Annual vaccination report of Bihar and Orissa - 1911-1928
Year: 1911
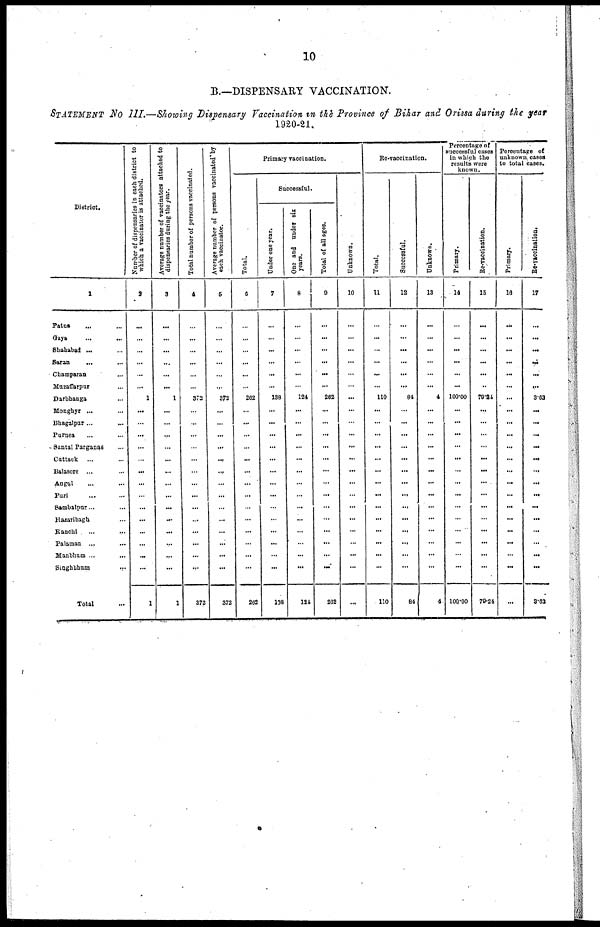
10
B.—DISPENSARY VACCINATION.
STATEMENT No III.—Showing Dispensary Vaccination in the Province of Bihar and Orissa during the year
1920-21.
District.
1
Patna ... ...
Gaya ... ...
Shahabad ... ...
Saran ... ...
Champaran
...
Muzaffarpur ...
Darbhanga ...
Monghyr ...
Bhagalpur ...
Purnea ... ...
Santal Parganas ...
Cuttack ... ...
Balasore ... ...
Angul ... ...
Puri ... ...
Sambalpur... ...
Hazaribagh ...
Ranchi ... ...
Palamau ... ...
Manbhum ...
...
Singhbhum ...
Total ...
Number of dispensaries in each district to
which a vaccinator is attached.
2
...
...
...
...
...
...
1
...
...
...
...
...
...
...
...
...
...
...
...
...
...
1
Average number of vaccinators attached to
dispensaries during the year.
3
...
...
...
...
...
...
1
...
...
...
...
...
...
...
...
...
...
...
...
...
...
1
Total number of persons vaccinated.
4
...
...
...
...
...
...
372
...
...
...
...
...
...
...
...
...
...
...
...
...
...
372
Average number of persons vaccinated by
each vaccinator.
5
...
...
...
...
...
...
372
...
...
...
...
...
...
...
...
...
...
...
...
...
...
372
Primary vaccination.
Total.
6
...
...
...
...
...
...
262
...
...
...
...
...
...
...
...
...
...
...
...
...
...
262
Successful.
Under one year.
7
...
...
...
...
...
...
138
...
...
...
...
...
...
...
...
...
...
...
...
...
...
138
One and under six
years.
8
...
...
...
...
...
...
124
...
...
...
...
...
...
...
...
...
...
...
...
...
...
124
Total of all ages.
9
...
...
...
...
...
...
262
...
...
...
...
...
...
...
...
...
...
...
...
...
...
262
Unknown.
10
...
...
...
...
...
...
...
...
...
...
...
...
...
...
...
...
...
...
...
...
...
...
Re-vaccination.
Total.
11
...
...
...
...
...
...
110
...
...
...
...
...
...
...
...
...
...
...
...
...
...
110
Successful.
12
...
...
...
...
...
...
84
...
...
...
...
...
...
...
...
...
...
...
...
...
...
84
Unknown.
13
...
...
...
...
...
...
4
...
...
...
...
...
...
...
...
...
...
...
...
...
...
4
Percentage of
successful cases
in which the
results were
known.
Primary.
14
...
...
...
...
...
...
100.00
...
...
...
...
...
...
...
...
...
...
...
...
...
...
100.00
Re-vaccination.
15
...
...
...
...
...
...
79.24
...
...
...
...
...
...
...
...
...
...
...
...
...
...
79.24
Percentage of
unknown cases
to total cases.
Primary.
16
...
...
...
...
...
...
...
...
...
...
...
...
...
...
...
...
...
...
...
...
...
...
Re-vaccination.
17
...
...
...
...
...
...
3.63
...
...
...
...
...
...
...
...
...
...
...
...
...
...
3.63